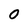
Character: O